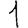
Digit: 1